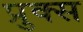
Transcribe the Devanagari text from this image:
प्रुक्स